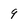
Character: 9